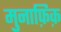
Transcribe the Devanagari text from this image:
मुनाफ़िक़